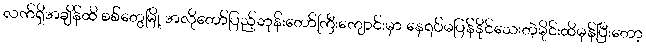
လက်ရှိအချိန်ထိ စစ်တွေမြို့ အလိုတော်ပြည့်ဘုန်းတော်ကြီးကျောင်းမှာ နေရပ်မပြန်နိုင်သေးတဲ့မိုင်းထိမှန်ပြီးတော့